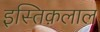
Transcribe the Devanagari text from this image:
इस्तिक़लाल